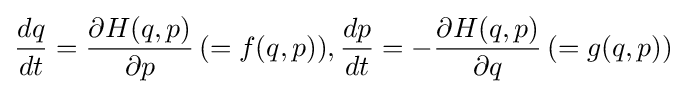
{\frac {dq}{dt}}={\frac {\partial H(q,p)}{\partial p}}\,(=f(q,p)),{\frac {dp}{dt}}=-{\frac {\partial H(q,p)}{\partial q}}\,(=g(q,p))